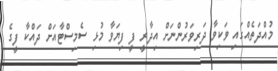
މުއްދަތެއްގައި ވަކިވާ ދަރިވަރުންނަށް އިދާރީ ފީ ފިޔަވާ މުޅި ސެމިސްޓާއަށް ދައްކާ ފީގެ